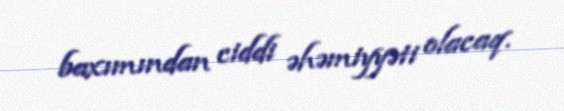
baxımından ciddi əhəmiyyəti olacaq.